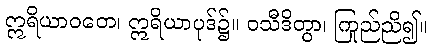
ဣရိယာဝတေ၊ ဣရိယာပုဒ်၌။ ဝသီဒိတွာ၊ ကြည်ညို၍။